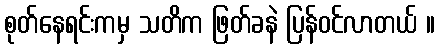
စုတ်နေရင်းကမှ သတိက ဖြတ်ခနဲ ပြန်ဝင်လာတယ် ။